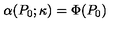
\alpha ( P _ { 0 } ; \kappa ) = \Phi ( P _ { 0 } )